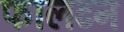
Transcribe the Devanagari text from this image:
फालटन